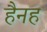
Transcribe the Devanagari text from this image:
हैनह